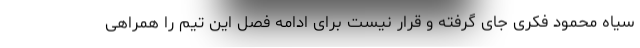
سیاه محمود فکری جای گرفته و قرار نیست برای ادامه فصل این تیم را همراهی